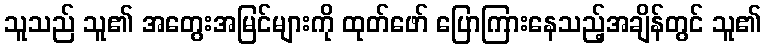
သူသည် သူ၏ အတွေးအမြင်များကို ထုတ်ဖော် ပြောကြားနေသည့်အချိန်တွင် သူ၏